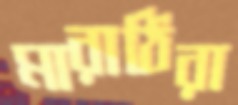
মারাঠিরা